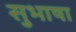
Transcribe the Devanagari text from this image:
सुभाषा